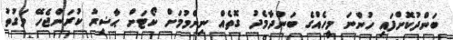
ބަންދުކޮށްފައި ހުންނަ މީހެއްގެ ބަންދާމެދު ގޮތެއް ނިންމުމަށް ކޯޓަށް ޙާޟިރު ކުރަންޖެހޭ ވަގުތު